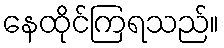
နေထိုင်ကြရသည်။